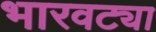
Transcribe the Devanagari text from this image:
भारवट्या